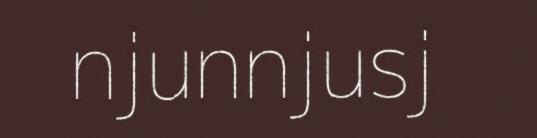
njunnjusj